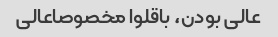
عالی بودن، باقلوا مخصوصاعالی